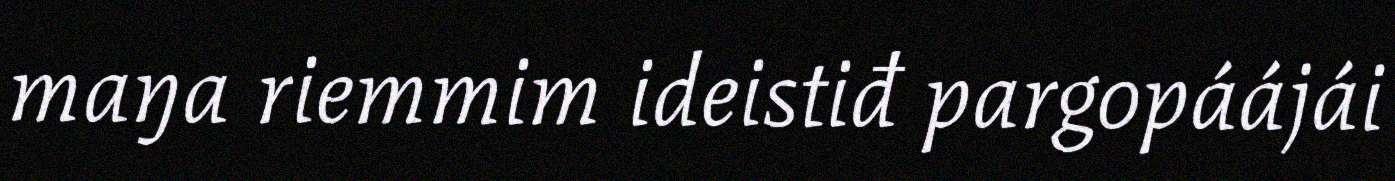
maŋa riemmim ideistiđ pargopáájái